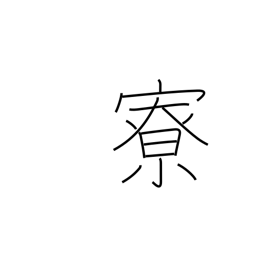
Meaning: tea pavillion